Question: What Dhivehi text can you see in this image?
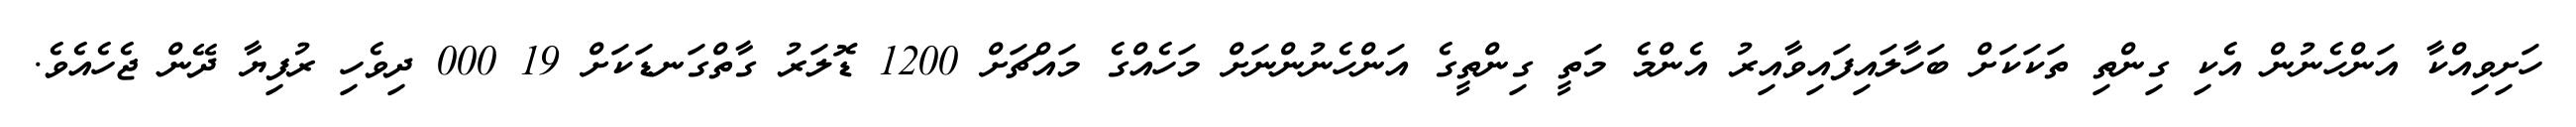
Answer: ހަށިވިއްކާ އަންހެނުން އެކި ގިންތި ތަކަކަށް ބަހާލައިފައިވާއިރު އެންމެ މަތީ ގިންތީގެ އަންހެނުންނަށް މަހެއްގެ މައްޗަށް 1200 ޑޮލަރު ގާތްގަނޑަކަށް 19 000 ދިވެހި ރުފިޔާ ދޭން ޖެހެއެވެ.